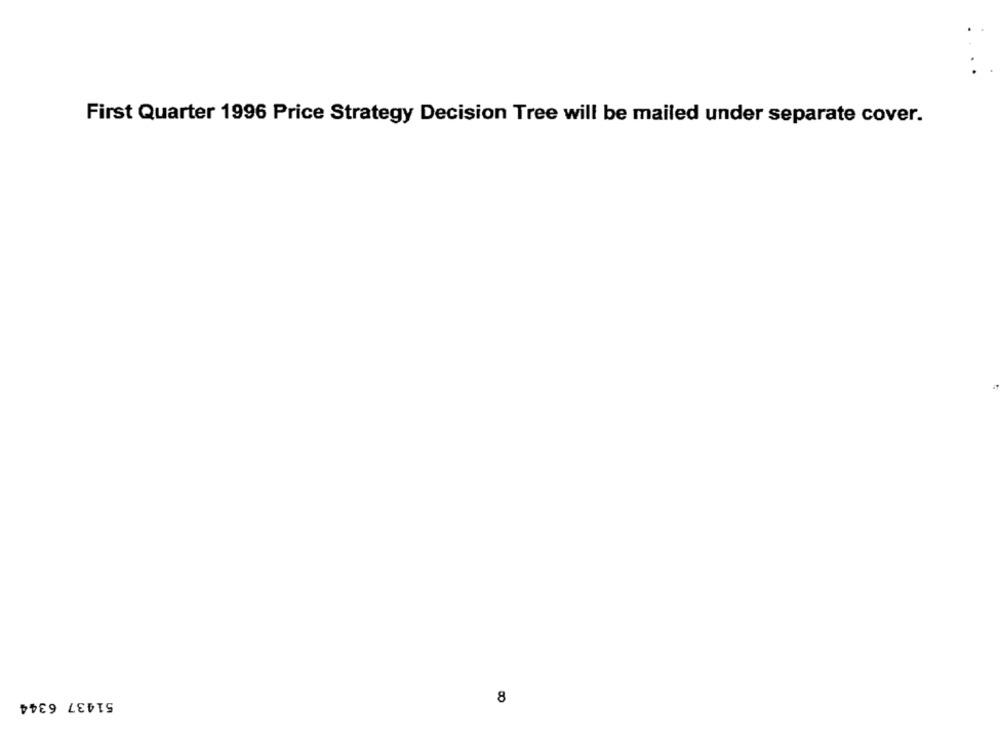
First Quarter 1996 Price Strategy Decision Tree will be mailed under separate cover.
51437 6344
8